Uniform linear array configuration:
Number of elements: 32
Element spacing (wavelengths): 1
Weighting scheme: blackman
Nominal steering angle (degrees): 15
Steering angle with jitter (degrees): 15.209
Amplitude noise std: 0.05
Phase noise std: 0.05

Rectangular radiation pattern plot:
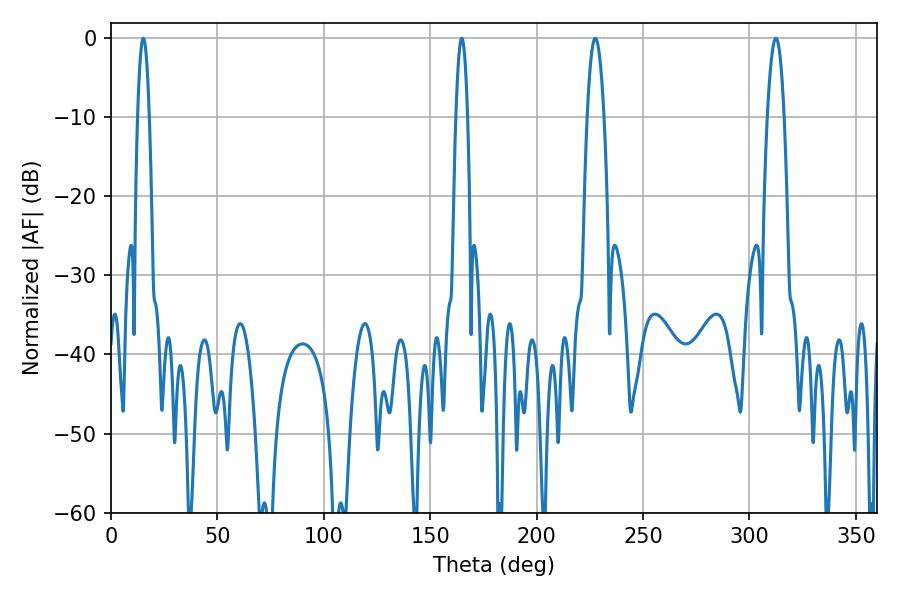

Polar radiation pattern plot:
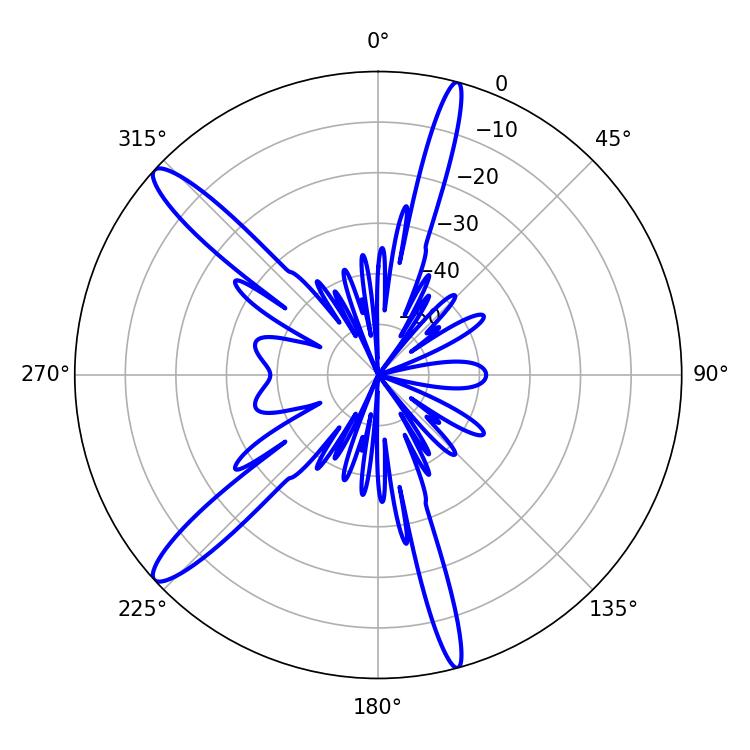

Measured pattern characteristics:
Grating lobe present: TRUE
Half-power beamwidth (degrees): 4.14
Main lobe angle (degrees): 227.52